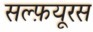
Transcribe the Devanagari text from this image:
सल्फ़यूरस